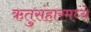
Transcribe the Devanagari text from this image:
ऋतुसंहारमध्ये